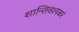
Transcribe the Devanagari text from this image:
शान्तिवश्यकरं